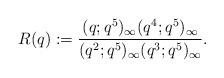
LaTeX: \begin{align*}R(q) :=\dfrac{(q;q^{5})_{\infty}(q^{4};q^{5})_{\infty}}{(q^{2};q^{5})_{\infty}(q^{3};q^{5})_{\infty}}.\end{align*}